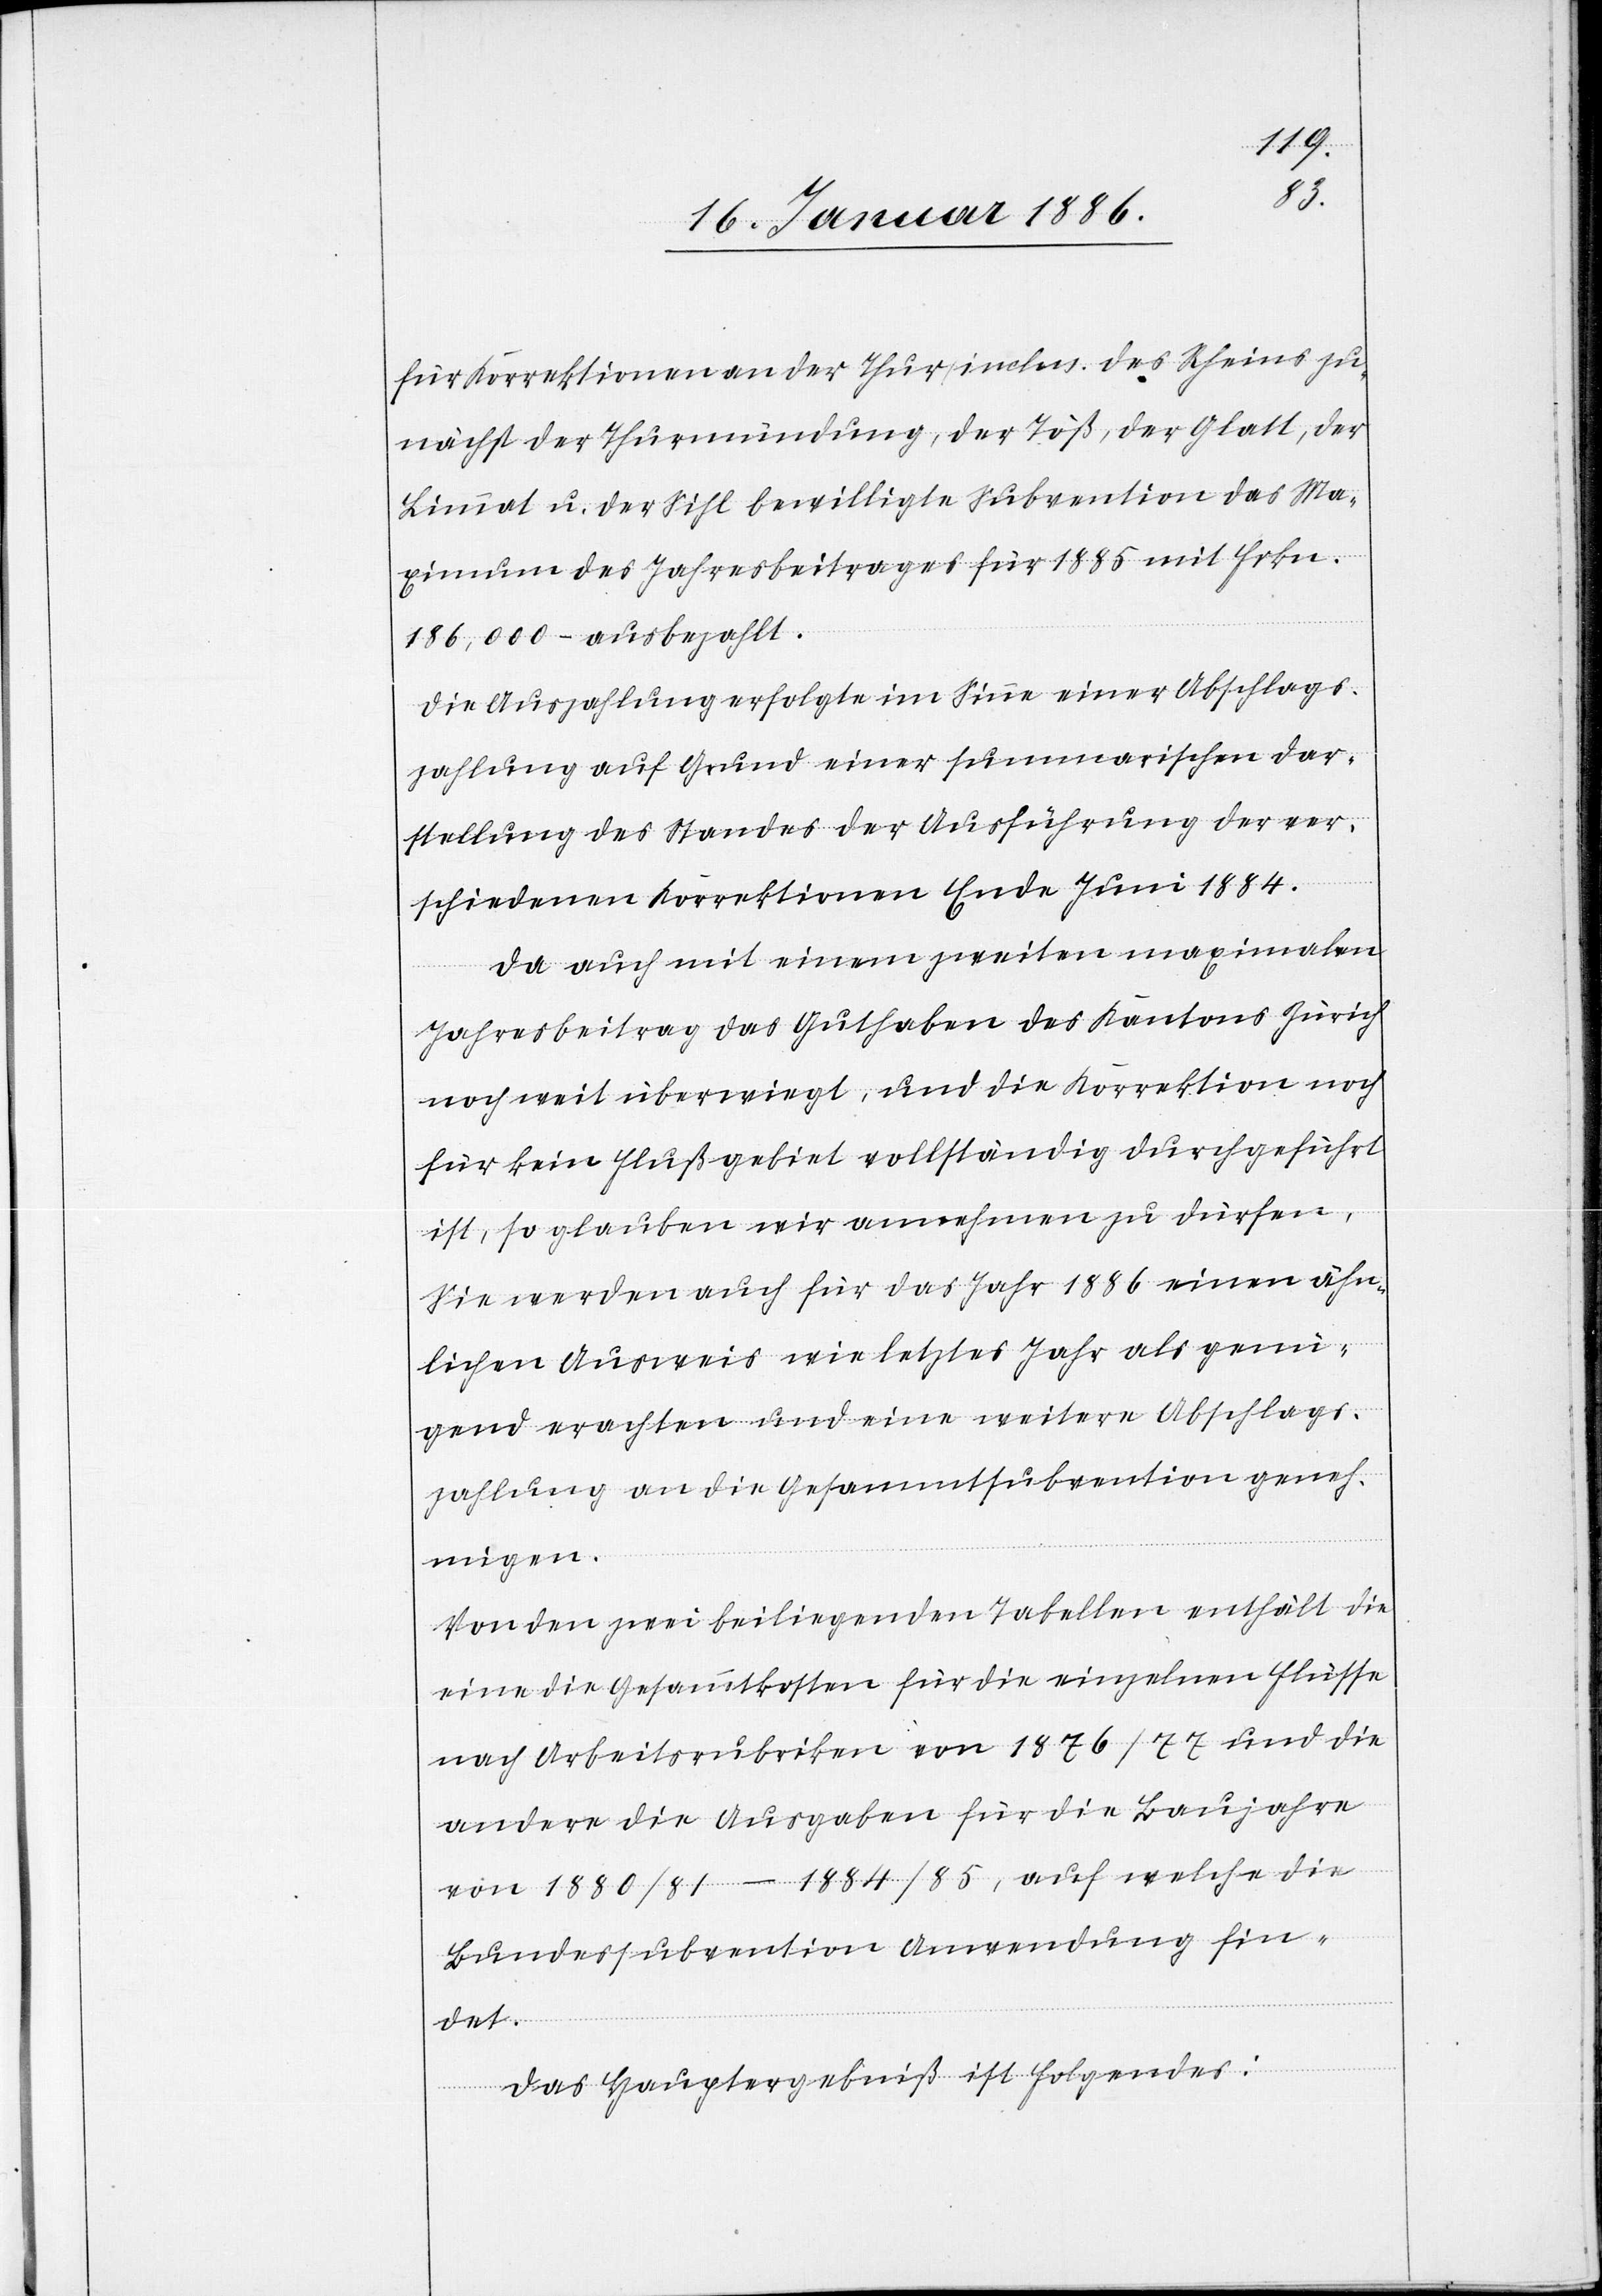
für Korrektionen an der Thur inclus. des Rheins zu¬
nächst der Thurmündung, der Töß, der Glatt, der
Limmat u. der Sihl bewilligte Subvention das Ma¬
ximum des Jahresbeitrages für 1885 mit Frkn.
186,000.– ausbezahlt.
Die Auszahlung erfolgte im Sinne einer Abschlags¬
zahlung auf Grund einer summarischen Dar¬
stellung des Standes der Ausführung der ver¬
schiedenen Korrektionen Ende Juni 1884.
Da auch mit einem zweiten maximalen
Jahresbeitrag das Guthaben des Kantons Zürich
noch weit überwiegt, und die Korrektion noch
für kein Flußgebiet vollständig durchgeführt
ist, so glauben wir annehmen zu dürfen,
sie werde auch für das Jahr 1886 einen ähn¬
lichen Ausweis wie letztes Jahr als genei¬
gend erachten und einen weitern Abschlags¬
zahlung an die Gesammtsubvention geneh¬
migen.
Von den zwei beiliegenden Tabellen enthält die
eine die Gesammtkosten für die einzelnen Flüsse
nach Arbeitsrubriken von 1876/77 und die
andern die Ausgaben für die Baujahre
von 1880/81–1884/85, auf welche die
Bundessubvention Anwendung fin¬
det.
Das Hauptergebniß ist folgendes: